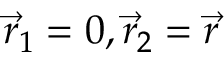
\vec { r } _ { 1 } = 0 , \vec { r } _ { 2 } = \vec { r }